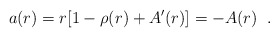
\begin{align*}a(r)=r[1-\rho(r)+A'(r)]=-A(r) \;\;.\end{align*}